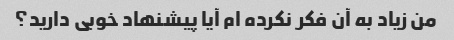
من زیاد به آن فکر نکرده ام آیا پیشنهاد خوبی دارید؟